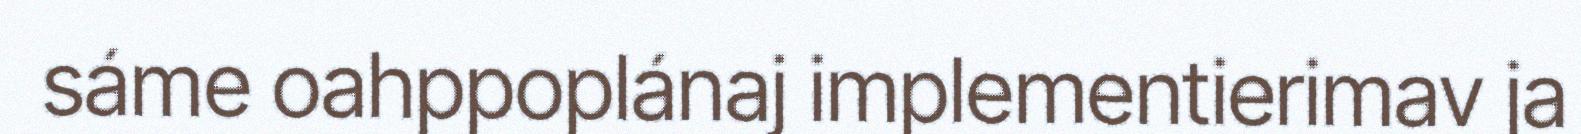
sáme oahppoplánaj implementierimav ja